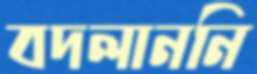
বদলাননি